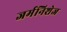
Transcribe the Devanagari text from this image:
जर्मनिशेज